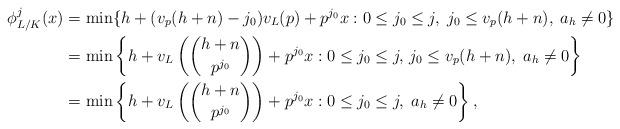
LaTeX: \begin{align*}\phi_{L/K}^j(x)&=\min\{h+(v_p(h+n)-j_0)v_L(p)+p^{j_0}x: 0\le j_0\le j,\;j_0\le v_p(h+n),\;a_h\not=0\} \\&=\min\left\{h+v_L\left(\binom{h+n}{p^{j_0}}\right)+p^{j_0}x:0\le j_0\le j,\,j_0\le v_p(h+n),\;a_h\not=0\right\} \\&=\min\left\{h+v_L\left(\binom{h+n}{p^{j_0}}\right)+p^{j_0}x:0\le j_0\le j,\;a_h\not=0\right\},\end{align*}